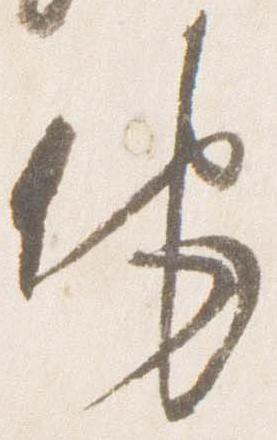
他